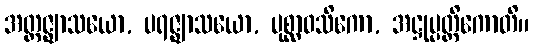
အတ္တဇ္ဈာသယော, ပရဇ္ဈာသယော, ပုစ္ဆာဝသိကော, အဋ္ဌုပ္ပတ္တိကောတိ။